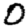
Digit: 0